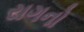
રાગનો